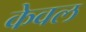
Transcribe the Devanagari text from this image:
केेवल